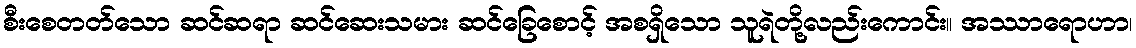
စီးစေတတ်သော ဆင်ဆရာ ဆင်ဆေးသမား ဆင်ခြေစောင့် အစရှိသော သူရဲတို့လည်းကောင်း။ အဿာရောဟာ၊